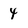
Character: 4